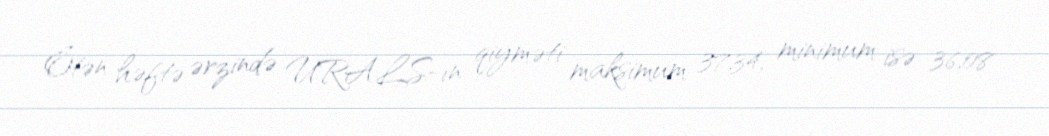
Ötən həftə ərzində URALS-ın qiyməti maksimum 37,34, minimum isə 36,08